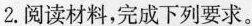
2.阅读材料，完成下列要求。